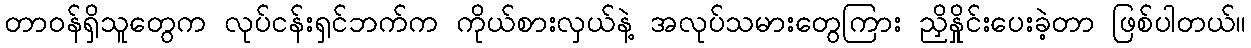
တာဝန်ရှိသူတွေက လုပ်ငန်းရှင်ဘက်က ကိုယ်စားလှယ်နဲ့ အလုပ်သမားတွေကြား ညှိနှိုင်းပေးခဲ့တာ ဖြစ်ပါတယ်။